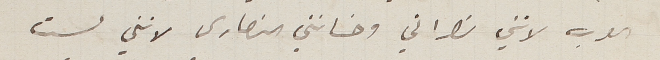
العرب لانني نصراني وخانني النصارى لانني لست